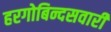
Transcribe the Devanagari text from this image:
हरगोबिन्दसवारी